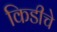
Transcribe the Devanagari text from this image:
किडीचे